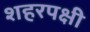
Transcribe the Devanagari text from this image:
शहरपक्षी